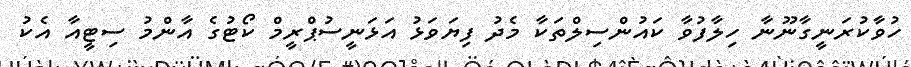
ހުވާކުރަނީގާނޫނާ ހިލާފުވާ ކައުންސިލްތަކާ މެދު ފިޔަވަޅު އަޅަނީސުޕްރީމް ކޯޓުގެ އާންމު ސިޓީއާ އެކު